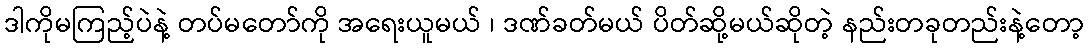
ဒါကိုမကြည့်ပဲနဲ့ တပ်မတော်ကို အရေးယူမယ် ၊ ဒဏ်ခတ်မယ် ပိတ်ဆို့မယ်ဆိုတဲ့ နည်းတခုတည်းနဲ့တော့